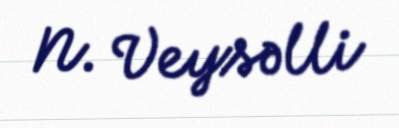
N. Veysəlli